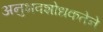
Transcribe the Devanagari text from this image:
अनुभवशोधकतेने